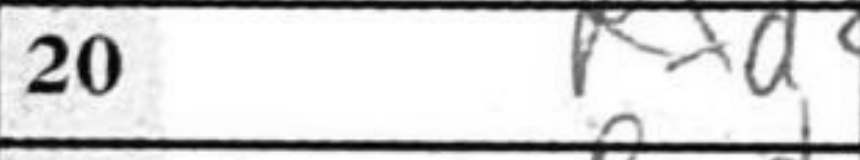
Transcription: Rxd2